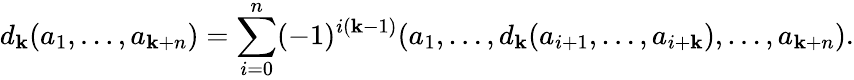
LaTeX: d_{\mathbf{k}}(a_{1},\ldots,a_{\mathbf{k}+n})=\sum_{i=0}^{n}(-1)^{i(\mathbf{k}-1)}(a_{1},\ldots,d_{\mathbf{k}}(a_{i+1},\ldots,a_{i+\mathbf{k}}),\ldots,a_{\mathbf{k}+n}).